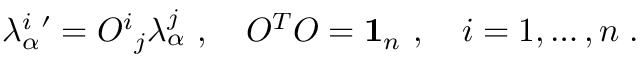
\lambda _ { \alpha } ^ { i } { ' } = { O ^ { i } } _ { j } \lambda _ { \alpha } ^ { j } \ , \quad O ^ { T } O = { \bf 1 } _ { n } \ , \quad i = 1 , \dots , n \; .